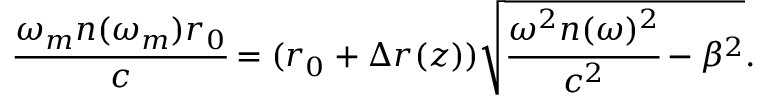
\cfrac { \omega _ { m } n ( \omega _ { m } ) r _ { 0 } } { c } = ( r _ { 0 } + \Delta r ( z ) ) \sqrt { \cfrac { \omega ^ { 2 } n ( \omega ) ^ { 2 } } { c ^ { 2 } } - \beta ^ { 2 } } .